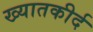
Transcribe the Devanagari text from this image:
ख्यातकीर्द